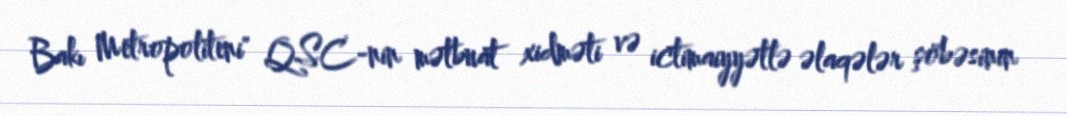
Bakı Metropoliteni" QSC-nin mətbuat xidməti və ictimaiyyətlə əlaqələr şöbəsinin